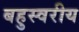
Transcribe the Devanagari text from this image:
बहुस्वरीय